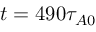
t = 4 9 0 \tau _ { A 0 }